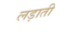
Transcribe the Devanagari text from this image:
लड़ाती